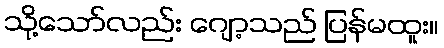
သို့သော်လည်း ဂျော့သည် ပြန်မထူး။